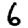
Digit: 6